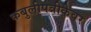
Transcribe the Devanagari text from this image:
कबुलीपत्रीकेवर